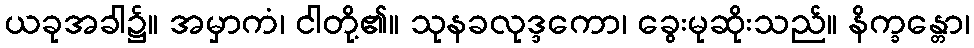
ယခုအခါ၌။ အမှာကံ၊ ငါတို့၏။ သုနခလုဒ္ဒကော၊ ခွေးမုဆိုးသည်။ နိက္ခန္တော၊